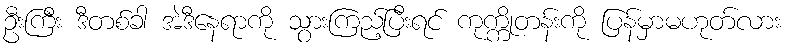
ဦးကြီး ဒီတစ်ခါ အဲဒီနေရာကို သွားကြည့်ပြီးရင် ကုက္ကိုတန်းကို ပြန်မှာမဟုတ်လား